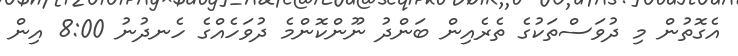
އެގޮތުން މި ދުވަސްތަކުގެ ތެރެއިން ބަންދު ނޫންކޮންމެ ދުވަހެއްގެ ހެނދުނު 8:00 އިން